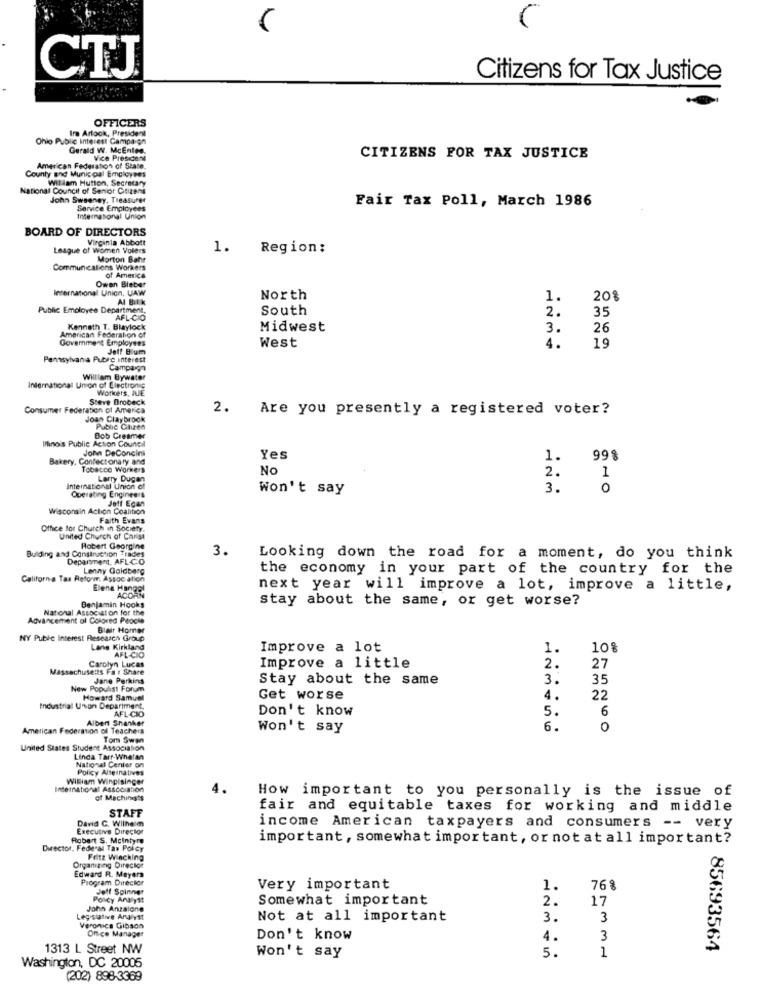
CTJ
Citizens for Tax Justice
OFFICERS
Ira Arlook, President
Ohio Public Interest Campa on
Gerald W. McEntee.
Vice President
CITIZENS FOR TAX JUSTICE
County and Municipal Employees
American Federation of State.
Willam Hutton, Secretary
National Council of Senior Citizens
John Sweeney, Treasurer
Fair Tax Poll, March 1986
Service Employees
International Union
BOARD OF DIRECTORS
Virginia Abbott
League of women Volers
1. Region:
Morton Bahr
Communications Workers
of America
International Union, UAW
Owen Bieber
A Bitk
North
1.
20%
Public Employee Department,
South
2.
AFL-CIO
35
Kenneth T. Blaylock
Midwest
3.
26
American Federation of
Government Employees
West
4.
Jeff Blum
19
Pennsylvania Public interest
Campaign
William Bywater
International Union of Electrons
Workers, JUJE
Steve Drobeck
Consumer Federation of America
2. Are you presently a registered voter?
Joan Claybrock
Public Citizen
Illinois Public Action Council
Bob Creamer
John DeConcini
Bakery, Confectionary and
Yes
1.
99%
Tobacco Workers
No
2.
Larry Dugan
1
International Union o
Won't say
3.
0
Operating Engineers
Jett Egan
Wisconsin Action Coalition
Faith Evans
Office for Church in Society.
United Church of Carist
Robert Georgine
3.
Building and Construction Trades
Department, AFL-CO
Looking down the road for a moment, do you think
Lenny Goldberg
the economy in your part of the country for the
California Tax Reformr. Assoc ation
Elena Hangel
ACOAN
next year will improve a lot, improve a little,
stay about the same, or get worse?
National Association for the
Benjamin Hooks
Advancement of Colored People
Blair Homer
NY Public Interest Research Group
Lane Kirkland
AFL-CIO
Improve a lot
1.
10%
Carolyn Lucas
Massachusetts Fa : Share
Improve a little
2.
27
Jane Parking
Stay about the same
3.
35
New Populist Forum
Howard Samuel
Get worse
4.
22
Industrial Uson Department,
AFL-CIO
Don't know
5.
6
Albert Shanker
American Federation of Teachers
Won't say
6.
0
Tom Swan
United States Student Association
Linda Tarr-Whatan
National Center on
Policy Alternatives
William Winpisinger
International Association
4.
How important to you personally is the issue of
of Machinegts
STAFF
fair and equitable taxes for working and middle
Executive Director
David C. Wilhelm
income American taxpayers and consumers -- very
Robert S. Mcintyre
important, somewhat important, or not at all important?
Director, Federal Tax Poicy
Fritz Wiecking
Organizing Director
Edward R. Meyers
Program Director
Jeff Spinner
Very important
1.
76%
Policy Andlyst
Somewhat important
2.
17
John Anzalone
Legislative Analyst
Not at all important
3.
3
Veronica Gibson
Office Manager
Don't know
4.
3
1313 L Street NW
Won't say
5.
1
85693564
Washington, DC 20005
(202) 898-3369